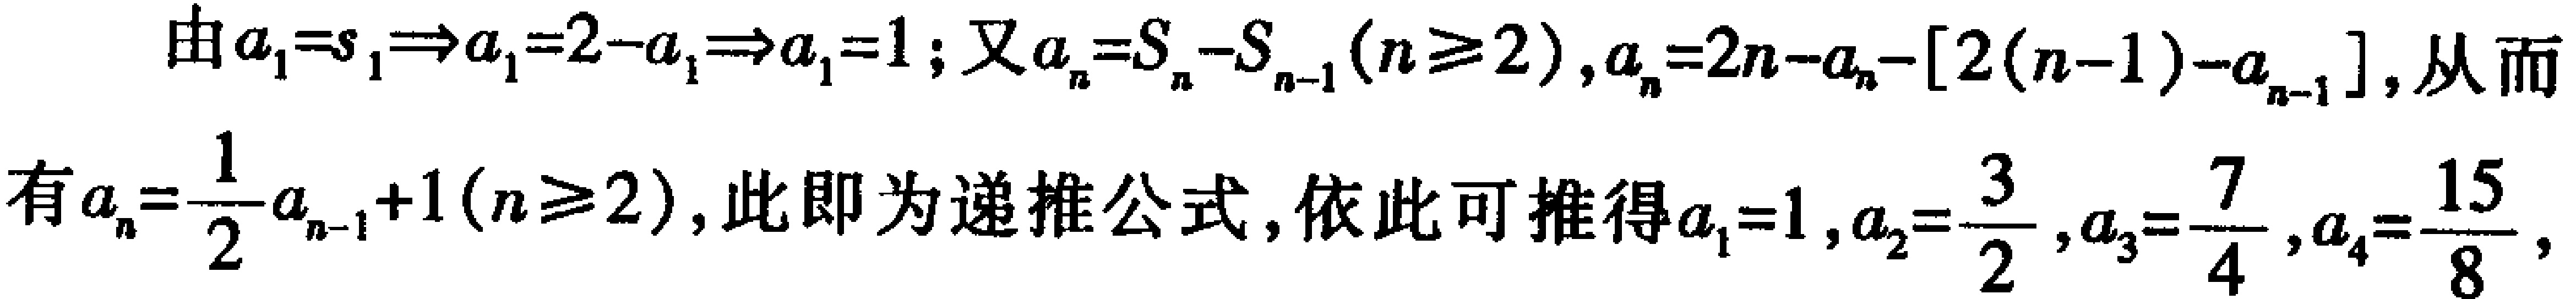
由\(a_{1}=s_{1}\Rightarrow a_{1}=2 - a_{1}\Rightarrow a_{1}=1\); 又\(a_{n}=S_{n}-S_{n - 1}(n\geq2)\), \(a_{n}=2n - a_{n}-[2(n - 1)-a_{n - 1}]\), 从而
有\(a_{n}=\frac{1}{2}a_{n - 1}+1(n\geq2)\), 此即为递推公式, 依此可推得\(a_{1}=1\), \(a_{2}=\frac{3}{2}\), \(a_{3}=\frac{7}{4}\), \(a_{4}=\frac{15}{8}\),